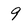
Character: 9